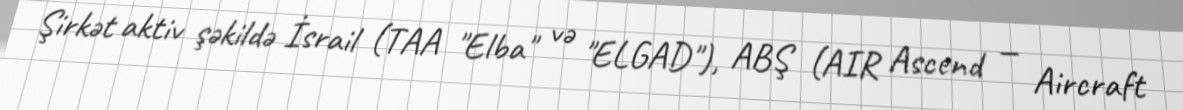
Şirkət aktiv şəkildə İsrail (TAA "Elba" və "ELGAD"), ABŞ (AIR Ascend — Aircraft